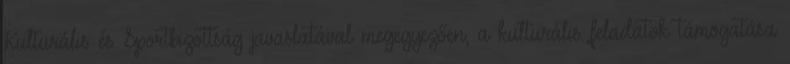
Kulturális és Sportbizottság javaslatával megegyezően, a kulturális feladatok támogatása